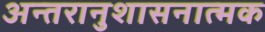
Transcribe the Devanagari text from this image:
अन्तरानुशासनात्मक